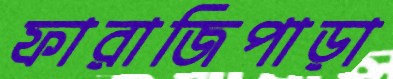
ফারাজিপাড়া